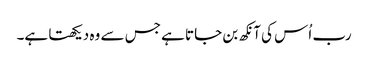
رب اُس کی آنکھ بن جاتا ہے جس سے وہ دیکھتا ہے۔